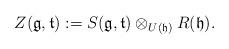
LaTeX: \begin{align*}Z(\mathfrak{g},\mathfrak{t}):= S(\mathfrak{g},\mathfrak{t})\otimes_{U(\mathfrak{h})} R(\mathfrak{h}).\end{align*}